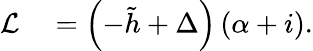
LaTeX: \begin{array}{rl}{\mathcal{L}}&{{}=\left(-\tilde{h}+\Delta\right)\left(\alpha+i\right).}\end{array}